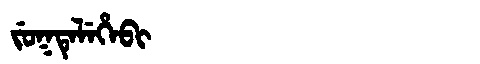
Manchu: ᠵᡠᡴᡨᡝᠯᡝᡥᡝᠪᡳ
Romanization: JUKTELEHEBI